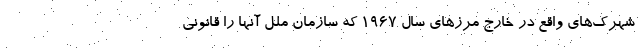
شهرک‌های واقع در خارج مرزهای سال ۱۹۶۷ که سازمان ملل آنها را قانونی